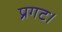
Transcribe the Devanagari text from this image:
प्रगट।